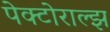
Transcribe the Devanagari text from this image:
पेक्टोराल्झ